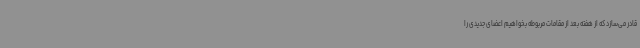
قادر می‌سازد که از هفته بعد از مقامات مربوطه بخواهیم اعضای جدیدی را